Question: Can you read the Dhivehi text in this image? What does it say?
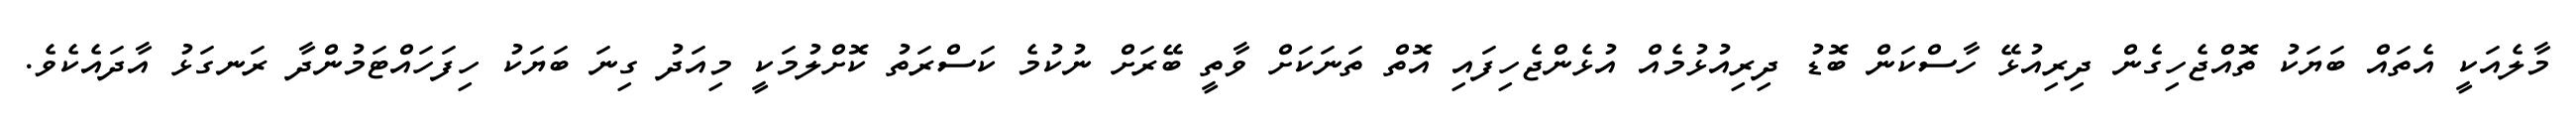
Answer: މާލެއަކީ އެތައް ބަޔަކު ތޮއްޖެހިގެން ދިރިއުޅޭ ހާސްކަން ބޮޑު ދިރިއުޅުމެއް އުޅެންޖެހިފައި އޮތް ތަނަކަށް ވާތީ ބޭރަށް ނުކުމެ ކަސްރަތު ކޮށްލުމަކީ މިއަދު ގިނަ ބަޔަކު ހިފަހައްޓަމުންދާ ރަނގަޅު އާދައެކެވެ.